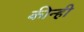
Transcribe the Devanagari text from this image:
कीन्‍ही